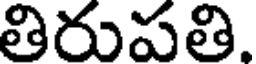
తిరుపతి.